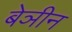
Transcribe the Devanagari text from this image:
बेञीन